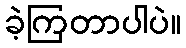
ခဲ့ကြတာပါပဲ။